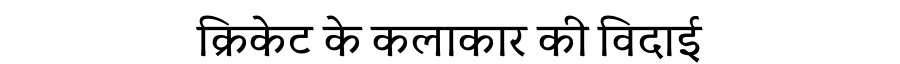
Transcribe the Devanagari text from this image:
क्रिकेट के कलाकार की विदाई